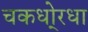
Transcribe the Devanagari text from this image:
चकधो्रधा